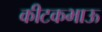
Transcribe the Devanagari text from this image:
कीटकभाऊ